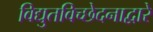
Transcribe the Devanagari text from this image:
विद्युतविच्छेदनाद्वारे